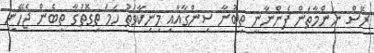
ރޭސް ނިންމާތަން ފެންނާނީ ތިބުނާ ސިންގާއާއި މިނިކާވަތު ހަމަ ތިގޮތުގާ ތިބެން ޖެހޭނީ